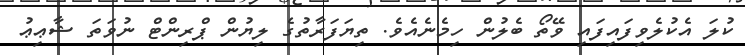
ކުލަ އެކުލެވިފައިފައި ވޭތޯ ބެލުން ހިމެނެއެވެ. ތިޔަފަރާތުގެ ލިޔުން ޕްރިންޓް ނުވަތަ ޝާޢިޢު